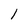
Character: 1